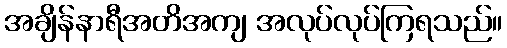
အချိန်နာရီအတိအကျ အလုပ်လုပ်ကြရသည်။